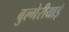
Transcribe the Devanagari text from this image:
बुल्गेरीयाई